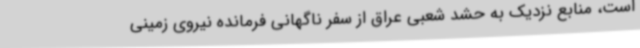
است، منابع نزدیک به حشد شعبی عراق از سفر ناگهانی فرمانده نیروی زمینی